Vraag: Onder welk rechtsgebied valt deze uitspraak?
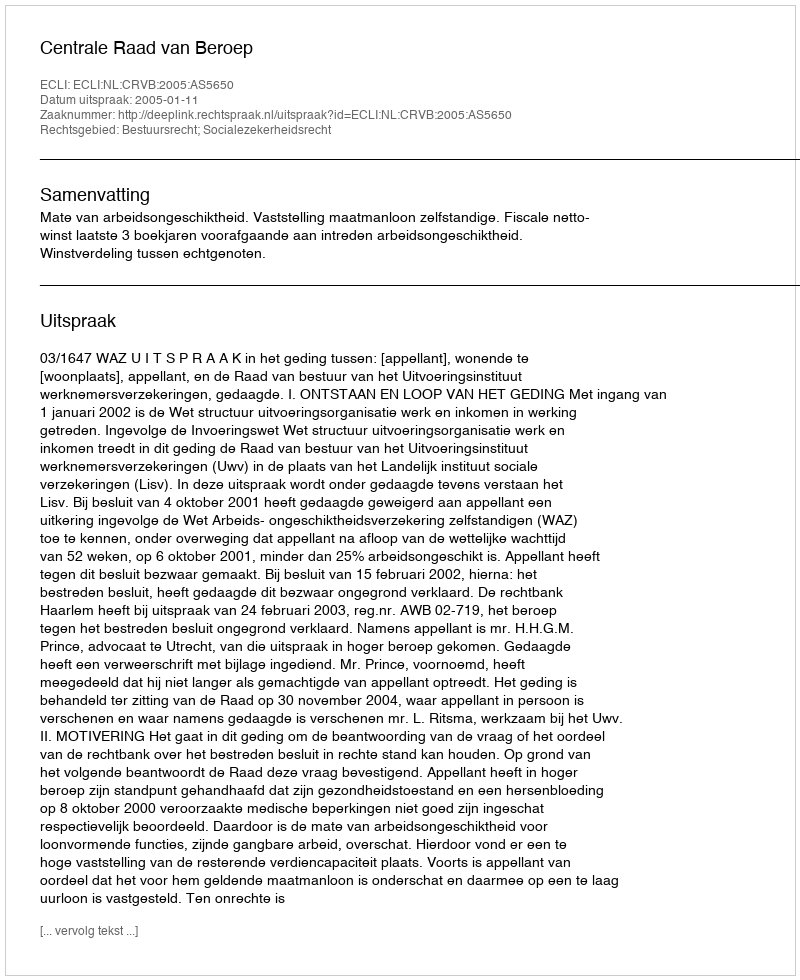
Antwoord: Bestuursrecht; Socialezekerheidsrecht